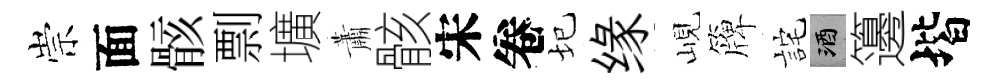
崇面骸剽壙蕭骸宋卷圮缘峴簰詫酒籩堦